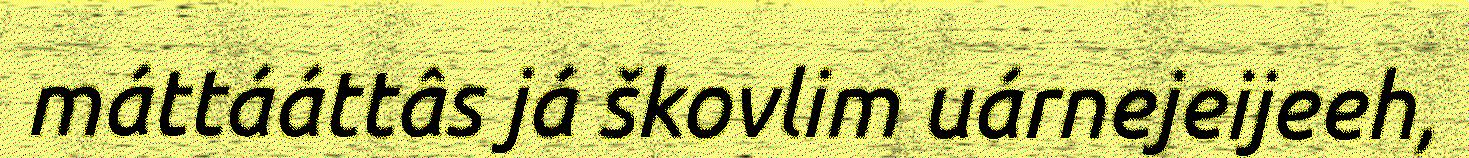
máttááttâs já škovlim uárnejeijeeh,